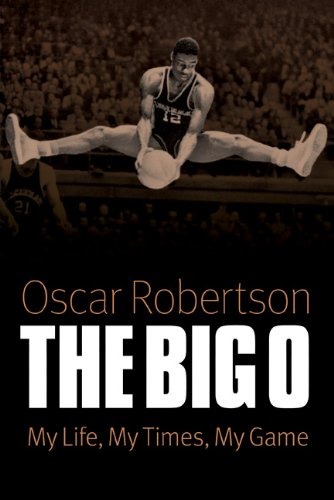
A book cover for The Big O: My Life, My Times, My Game; Oscar P. Robertson; Biographies & Memoirs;